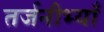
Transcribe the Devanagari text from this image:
तर्जनीभ्याँ